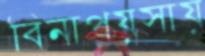
বিনাপয়সায়